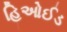
હિઓઈડ